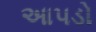
આપડો